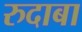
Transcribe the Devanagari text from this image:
रुदाबा